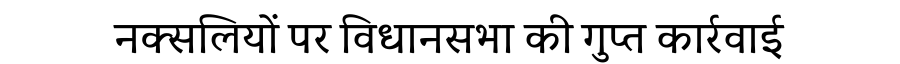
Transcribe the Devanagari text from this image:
नक्सलियों पर विधानसभा की गुप्त कार्रवाई